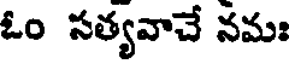
ఓం సత్యవాచే నమః